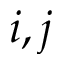
i , j